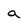
Character: a